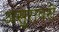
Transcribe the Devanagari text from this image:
असुरावरी